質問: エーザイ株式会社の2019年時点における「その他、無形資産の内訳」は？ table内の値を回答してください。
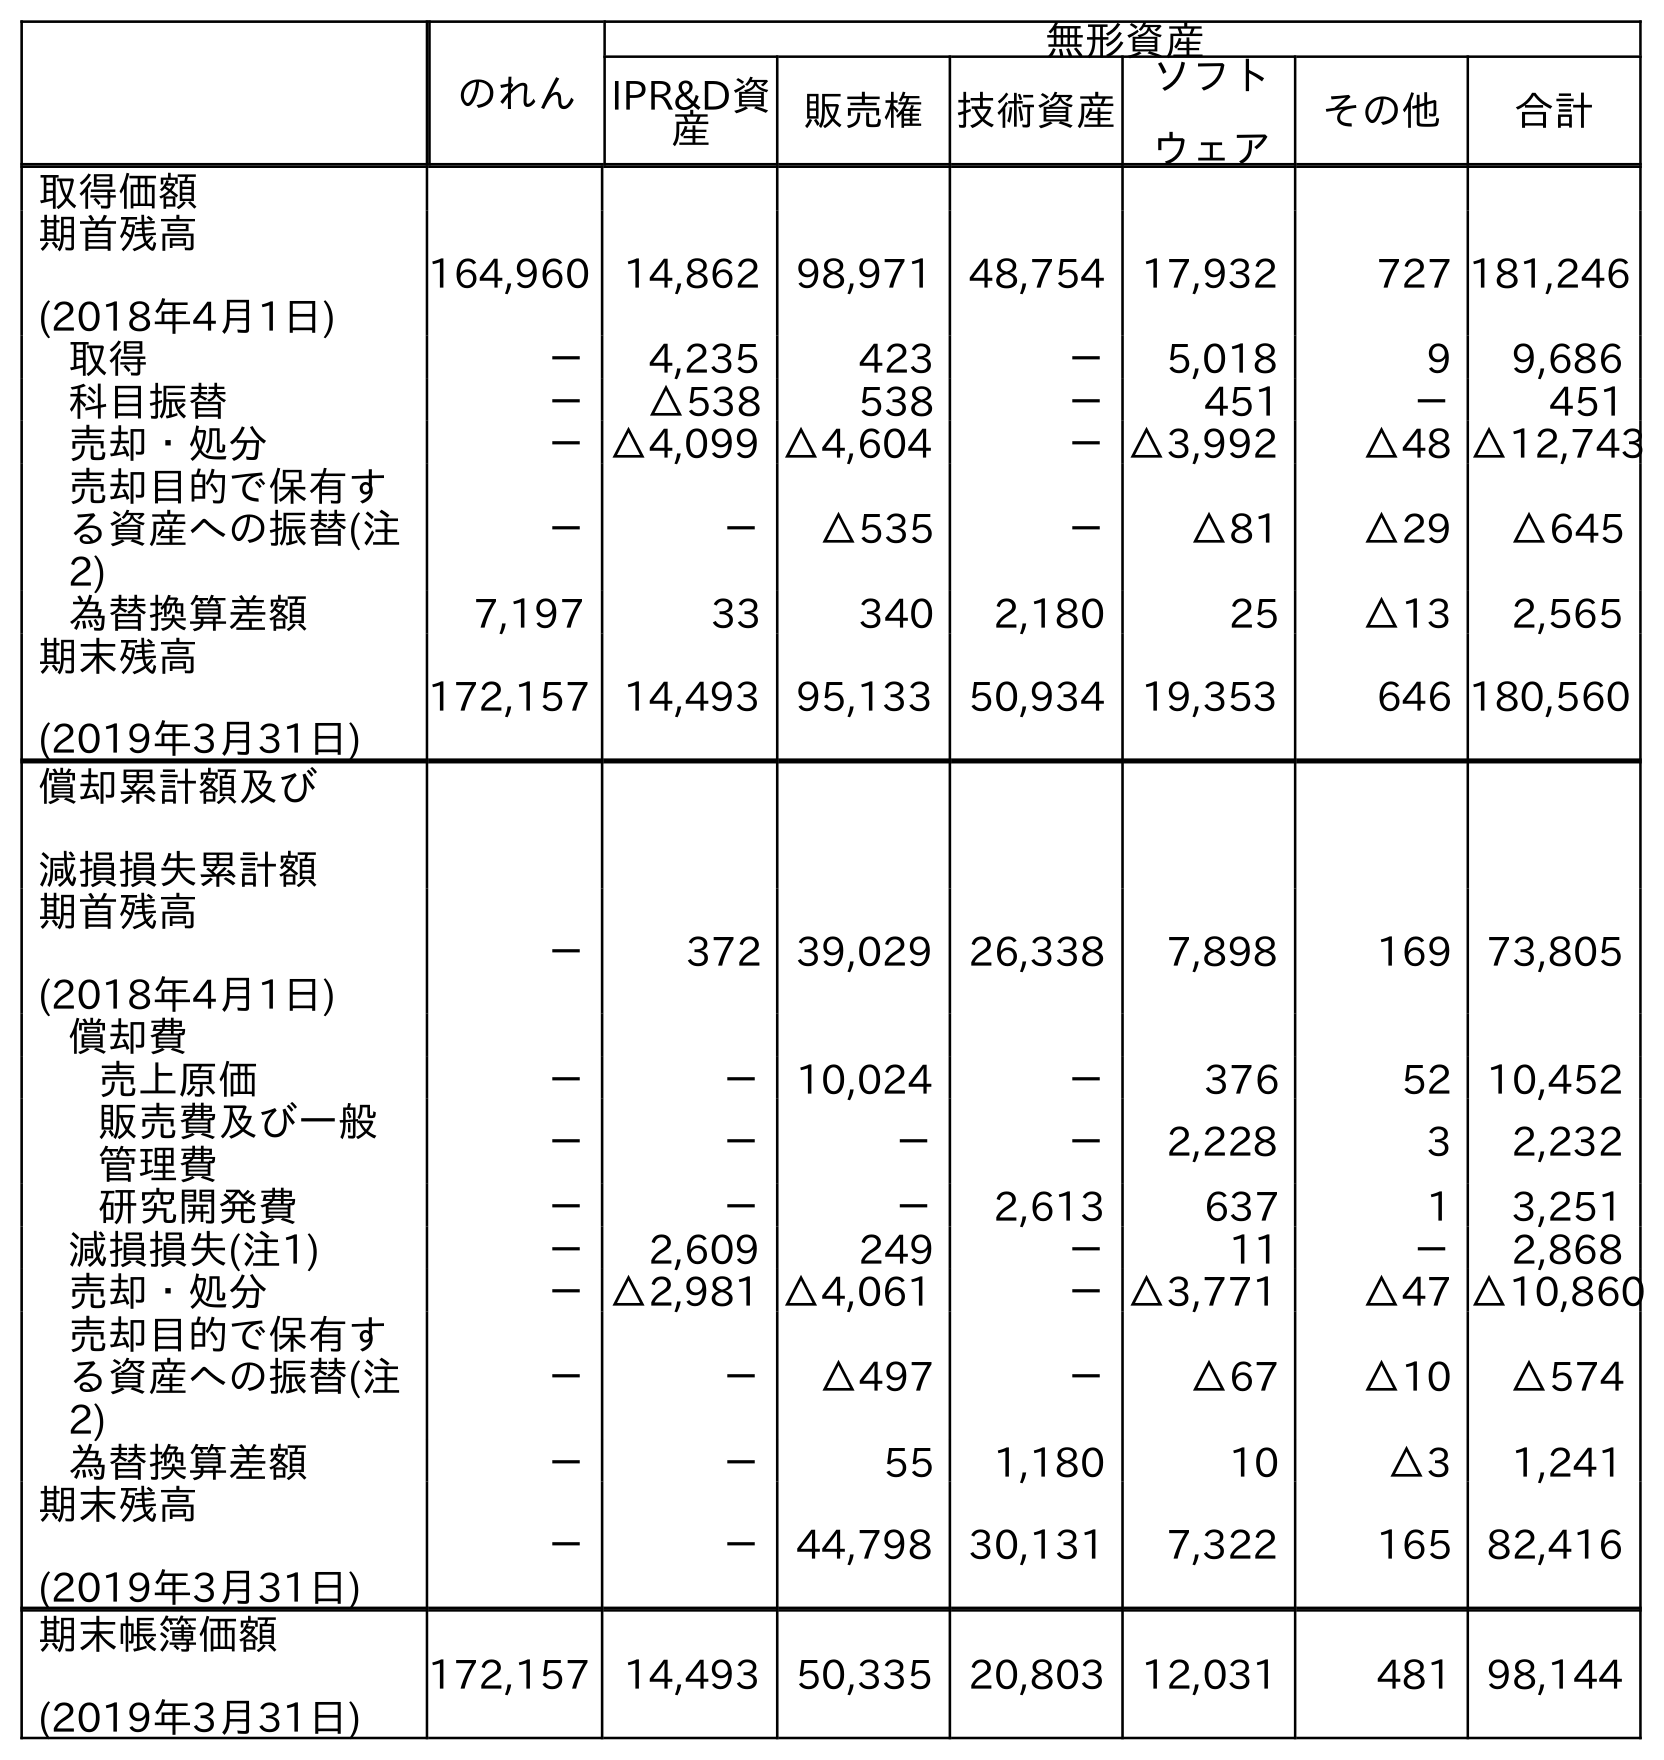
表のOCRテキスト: のれん 無形資産 IPR&D資 産 販売権 技術資産 ソフト ウェア その他 合計 取得価額 期首残高 (2018年4月1日) 164,960 14,862 98,971 48,754 17,932 727 181,246 取得 － 4,235 423 － 5,018 9 9,686 科目振替 － △538 538 － 451 － 451 売却・処分 －△4,099 △4,604 －△3,992 △48 △12,743 売却目的で保有す る資産への振替(注 2) － － △535 － △81 △29 △645 為替換算差額 7,197 33 340 2,180 25 △13 2,565 期末残高 (2019年3月31日) 172,157 14,493 95,133 50,934 19,353 646 180,560 償却累計額及び 減損損失累計額 期首残高 (2018年4月1日) － 372 39,029 26,338 7,898 169 73,805 償却費 売上原価 － － 10,024 － 376 52 10,452 販売費及び一般 管理費 － － － － 2,228 3 2,232 研究開発費 － － － 2,613 637 1 3,251 減損損失(注1) － 2,609 249 － 11 － 2,868 売却・処分 －△2,981 △4,061 －△3,771 △47 △10,860 売却目的で保有す る資産への振替(注 2) － － △497 － △67 △10 △574 為替換算差額 － － 55 1,180 10 △3 1,241 期末残高 (2019年3月31日) － － 44,798 30,131 7,322 165 82,416 期末帳簿価額 (2019年3月31日) 172,157 14,493 50,335 20,803 12,031 481 98,144
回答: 481